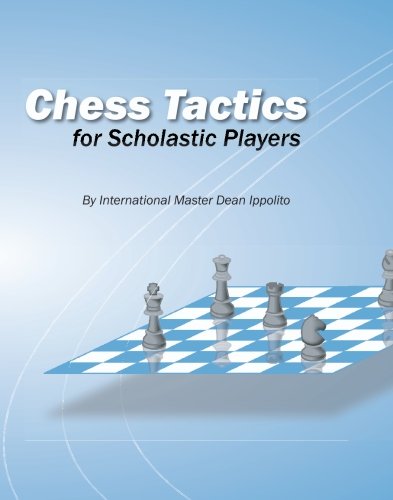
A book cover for Chess Tactics For Scholastic Players; Dean Joseph Ippolito; Humor & Entertainment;